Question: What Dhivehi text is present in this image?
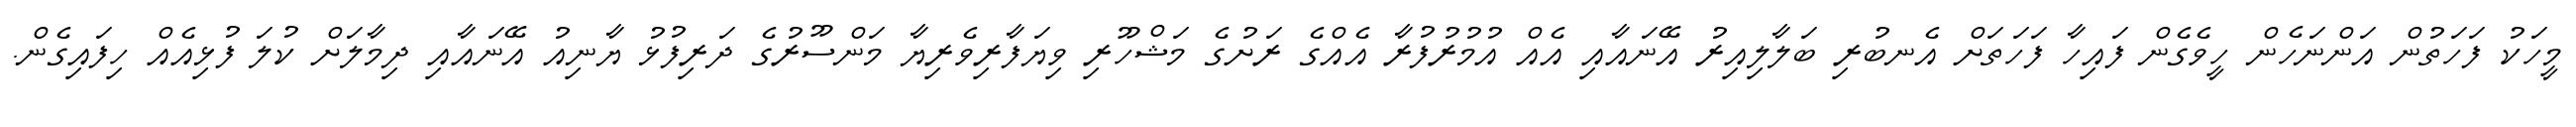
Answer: މީހަކު ފަހަތުން އަންނަހެން ހީވެގެން ފައިހާ ފަހަތަށް އެނބުރި ބަލާލިއިރު އޭނައާއި އެއް އުމުރުފުރާ އެއްގެ ރަށުގެ މަޝްހޫރި ވިޔަފާރިވެރިޔާ މަންސޫރުގެ ދަރިފުޅު ޔާނިއު އޭނައާއި ދިމާލަށް ކުލަ ފުޅިއެއް ހިފައިގެން.